Annual report of the Punjab Veterinary College and of the Civil Veterinary Department, Punjab - 1909-1919
Year: 1909
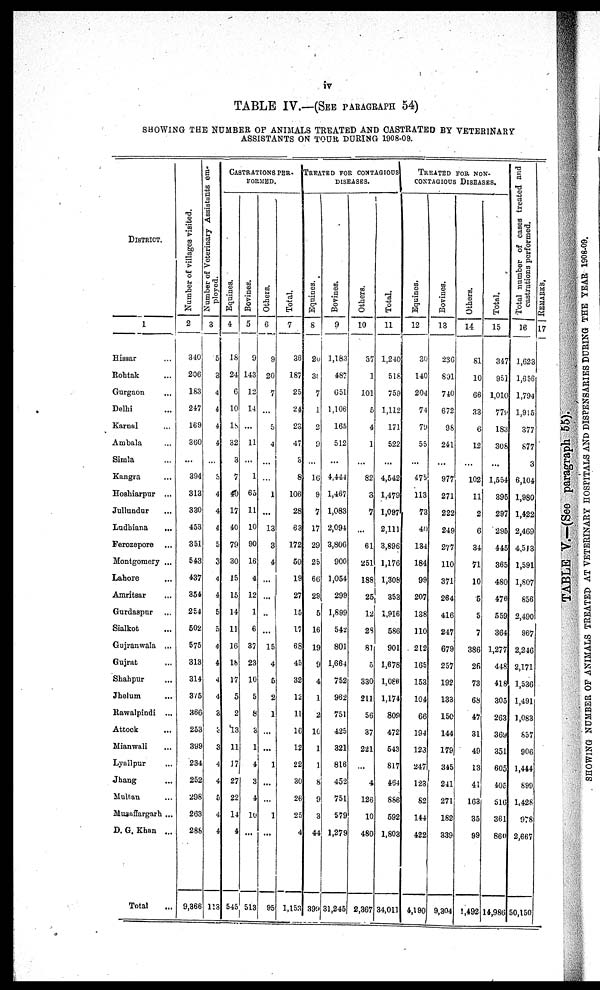
iv
TABLE IV.—(SEE PARAGRAPH 54)
SHOWING THE NUMBER OF ANIMALS TREATED AND CASTRATED BY VETERINARY
ASSISTANTS ON TOUR DURING 1908-09.
DISTRICT.
1
Hissar ...
Rohtak ...
Gurgaon ...
Delhi ...
Karnal ...
Ambala ...
Simla ...
Kangra ...
Hoshiarpur ...
Jullundur ...
Ludhiana
...
Ferozepore ...
Montgomery ...
Lahore ...
Amritsar ...
Gurdaspur ...
Sialkot ...
Gujranwala ...
Gujrat ...
Shahpur ...
Jhelum ...
Rawalpindi ...
Attock ...
Mianwali ...
Lyallpur ...
Jhang ...
Multan ...
Muzaffargarh ...
D. G. Khan ...
Total
Number of villages visited.
2
340
206
183
247
169
360
...
394
313
330
453
351
543
437
354
254
502
575
313
314
375
366
253
399
234
252
298
263
288
9,366
Number of Veterinary Assistants em-
ployed.
3
5
3
4
4
4
4
...
5
4
4
4
5
3
4
4
5
5
4
4
4
4
3
3
3
4
4
5
4
4
113
CASTRATIONS PER-
FORMED
Equines.
4
18
24
6
10
18
32
3
7
40
17
40
79
30
15
15
14
11
16
18
17
5
2
13
11
17
27
22
14
4
545
Bovines.
5
9
143
12
14
...
11
...
1
65
11
10
90
16
4
12
1
6
37
23
10
5
8
3
1
4
3
4
10
...
513
Others.
6
9
20
7
...
5
4
...
...
1
...
13
3
4
...
...
..
...
15
4
5
2
1
...
...
1
...
...
1
...
95
Total.
7
36
187
25
24
23
47
3
8
106
28
63
172
50
19
27
15
17
68
45
32
12
11
16
12
22
30
26
25
4
1,153
TREATED FOR CONTAGIOUS
DISEASES.
Equines.
8
20
30
7
1
2
9
...
16
9
7
17
29
25
66
29
5
16
19
9
4
1
2
10
1
1
8
9
3
44
399
Bovines.
9
1,183
487
651
1,106
165
512
...
4,444
1,467
1,083
2,094
3,806
900
1,054
299
1,899
542
801
1,664
752
962
751
425
321
816
452
751
579
1,279
31,245
Others.
10
37
1
101
5
4
1
...
82
3
7
...
61
251
188
25
12
28
81
5
330
211
56
37
221
...
4
126
10
480
2,367
Total.
11
1,240
518
759
1,112
171
522
...
4,542
1,479
1,097
2,111
3,896
1,176
1,308
353
1,916
586
901
1,678
1,086
1,174
809
472
543
817
464
886
592
1,803
34,011
TREATED FOR NON-
CONTAGIOUS DISEASES.
Equines.
12
30
140
204
74
79
55
...
475
113
73
40
134
184
99
207
138
110
212
165
153
104
66
194
123
247
123
82
144
422
4,190
Bovines.
13
236
891
740
672
98
241
...
977
271
222
249
277
110
371
264
416
247
679
257
192
133
150
144
179
345
241
271
182
339
9,304
Others.
14
81
10
66
33
6
12
...
102
11
2
6
34
71
10
5
5
7
386
26
73
68
47
31
49
13
41
163
35
99
1,492
Total.
15
347
951
1,010
779
183
308
...
1,554
395
297
295
445
365
480
476
559
364
1,277
448
418
305
263
369
351
605
405
516
361
860
14,986
Total number of cases treated and
castrations performed.
16
1,623
1,656
1,794
1,915
377
877
3
6,104
1,980
1,422
2,469
4,543
1,591
1,807
856
2,490
967
2,246
2,171
1,536
1,491
1,083
857
906
1,444
899
1,428
978
2,667
50,150
REMARKS.
17